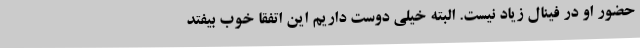
حضور او در فینال زیاد نیست. البته خیلی دوست داریم این اتفقا خوب بیفتد